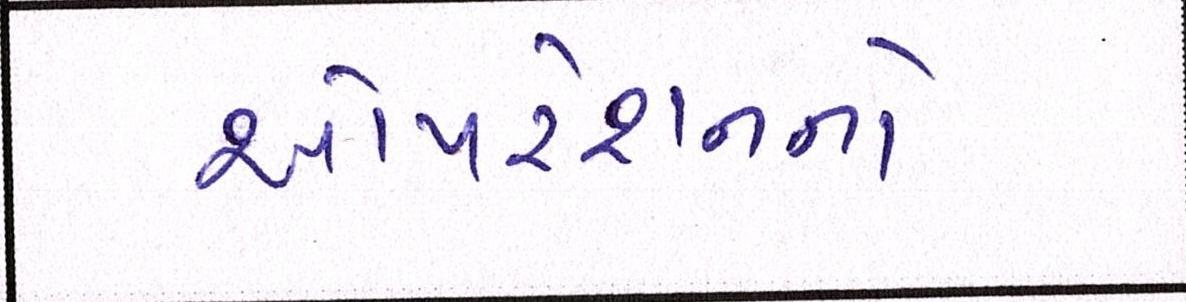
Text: ઓપરેશનનો